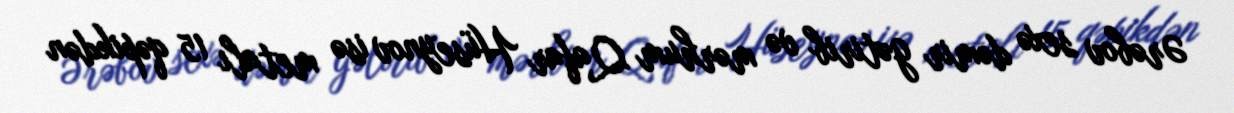
Ərəbov sexə dəmir gətirib və mərhum Qafar Hüseynov isə metalı 15 qəpikdən